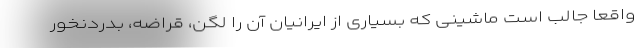
واقعا جالب است ماشینی که بسیاری از ایرانیان آن را لگن، قراضه، بدردنخور